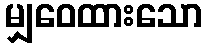
မျှဝေထားသော